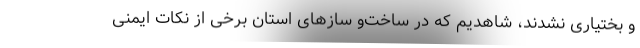
و بختیاری نشدند، شاهدیم که در ساخت‌و سازهای استان برخی از نکات ایمنی